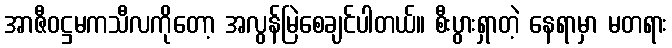
အာဇီဝဋ္ဌမကသီလကိုတော့ အလွန်မြဲစေချင်ပါတယ်။ စီးပွားရှာတဲ့ နေရာမှာ မတရား